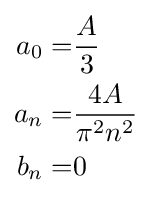
{\begin{aligned}a_{0}=&{\frac {A}{3}}\\a_{n}=&{\frac {4A}{\pi ^{2}n^{2}}}\\b_{n}=&0\\\end{aligned}}